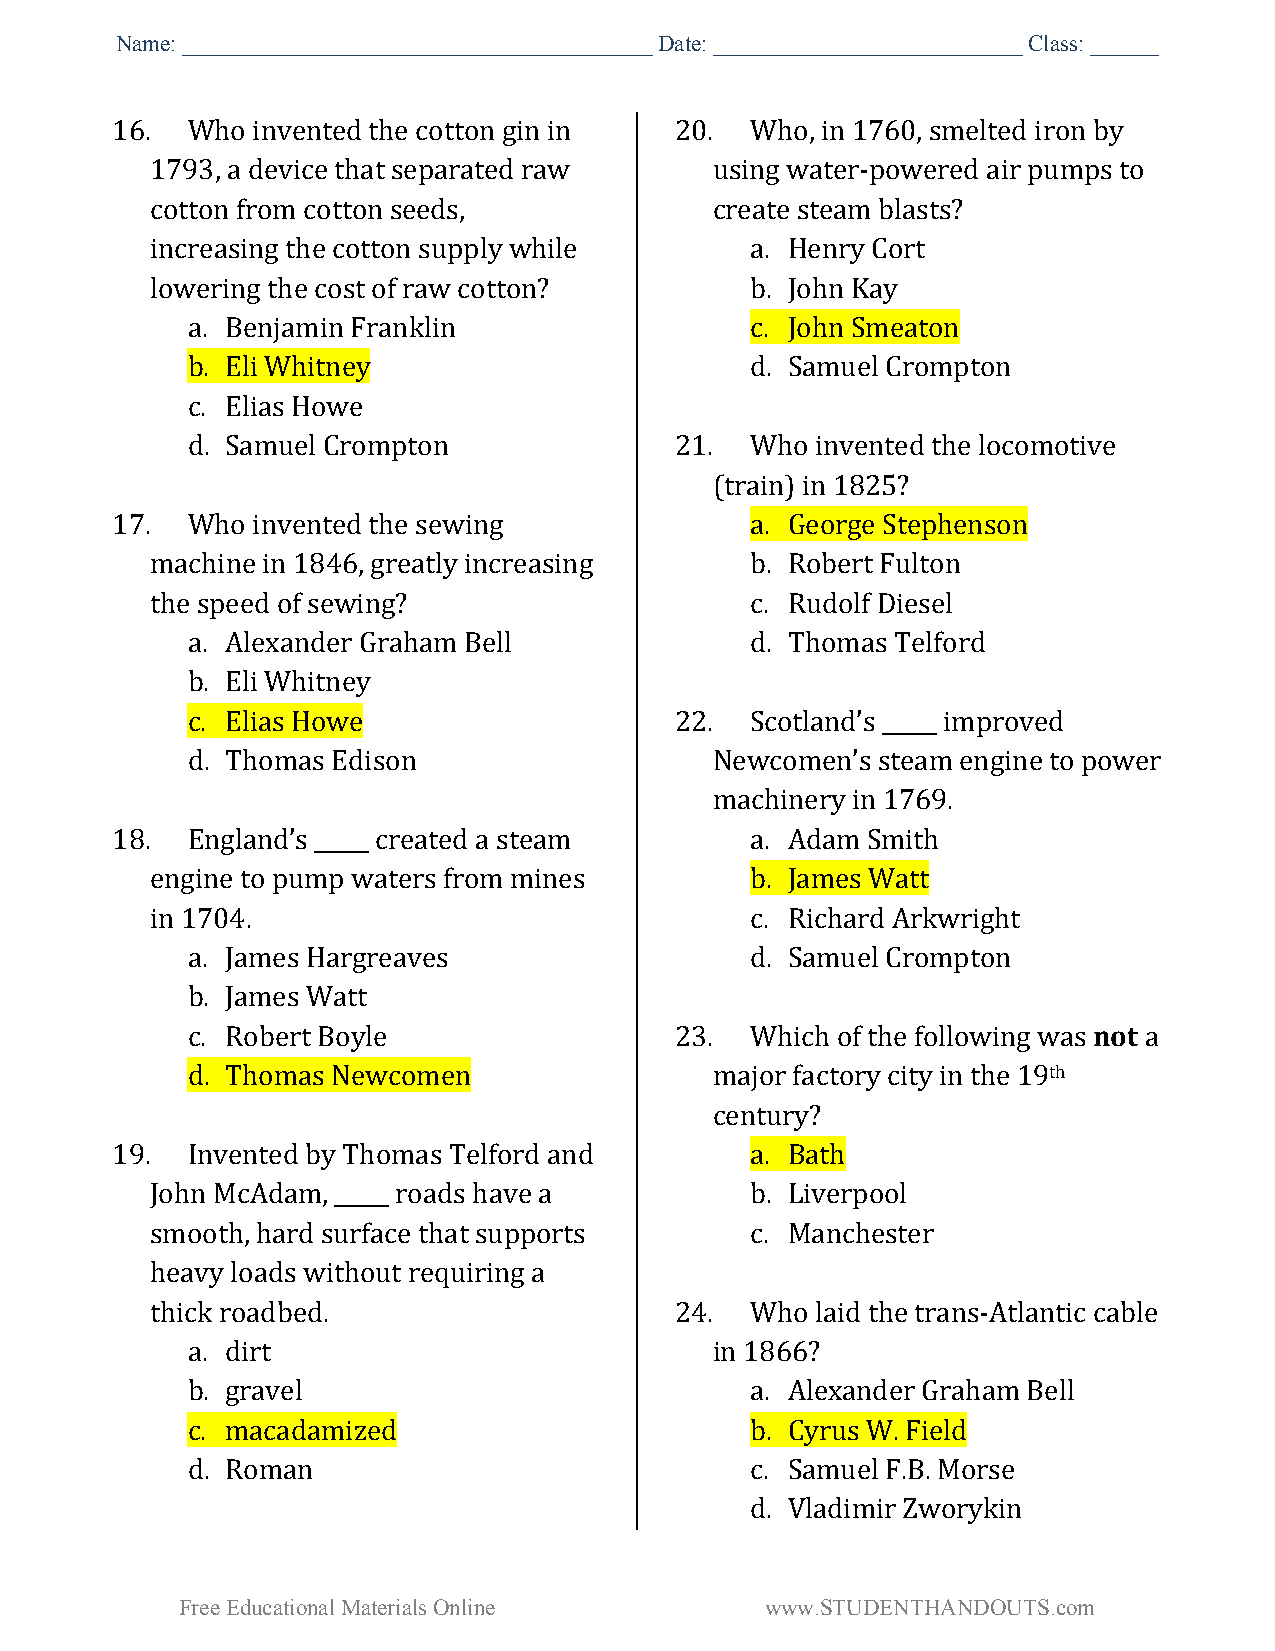
Name:_________________________________________Date:___________________________Class:______
 16.  Whoinventedthe cottonginin       20.  Who,in1760, smelted iron by
 1793, adevicethat separated raw      using water-powered air pumpsto
 cotton from cottonseeds,             create steam blasts?
 increasing thecotton supply while       a. Henry Cort
 lowering thecost ofraw cotton?          b. JohnKay
 a. BenjaminFranklin                   c. John Smeaton
 b. Eli Whitney                        d. Samuel Crompton
 c. Elias Howe
 d. Samuel Crompton               21.  Whoinventedthe locomotive
 (train) in 1825?
 17.  Whoinventedthe sewing                 a. George Stephenson
 machinein 1846,greatly increasing       b. Robert Fulton
 thespeed of sewing?                     c. Rudolf Diesel
 a. Alexander GrahamBell               d. Thomas Telford
 b. Eli Whitney
 c. Elias Howe                    22.  Scotland’s _____ improved
 d. Thomas Edison                   Newcomen’s steamengineto power
 machinery in 1769.
 18.  England’s _____ created a steam       a. Adam Smith
 engineto pumpwaters from mines          b. James Watt
 in 1704.                                c. Richard Arkwright
 a. James Hargreaves                   d. Samuel Crompton
 b. James Watt
 c. Robert Boyle                  23.  Which ofthefollowing was not a
 d. Thomas Newcomen                 major factory city inthe 19th
 century?
 19.  Inventedby Thomas Telford and         a. Bath
 John McAdam, _____roads havea           b. Liverpool
 smooth,hard surface that supports       c. Manchester
 heavy loadswithout requiring a
 thick roadbed.                     24.  Wholaid thetrans-Atlantic cable
 a. dirt                            in 1866?
 b. gravel                             a. Alexander GrahamBell
 c. macadamized                        b. CyrusW. Field
 d. Roman                              c. Samuel F.B. Morse
 d. VladimirZworykin
 FreeEducationalMaterialsOnline         www.STUDENTHANDOUTS.com